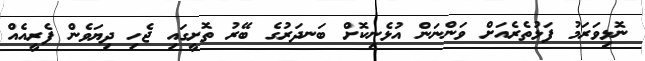
ނޮޅިވަރަމު ފަޅުތެރެއަށް ވަންނަން އުޅެނިކޮށް ބަނދަރުގެ ބޭރު ތޮށީގައި ޖެހި ދިޔަވެން ފެރީއެއް